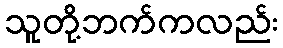
သူတို့ဘက်ကလည်း